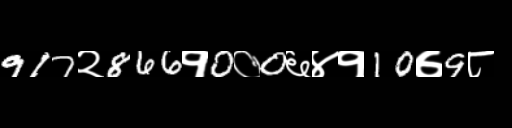
Text: 917२866१0०0६४१10७9८